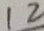
1 2